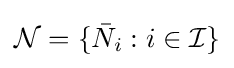
{\mathcal {N}}=\{{\bar {N}}_{i}:i\in {\mathcal {I}}\}